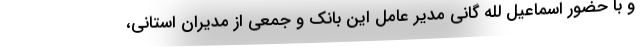
و با حضور اسماعیل لله گانی مدیر عامل این بانک و جمعی از مدیران استانی،